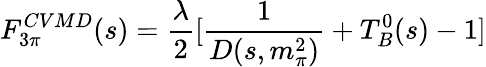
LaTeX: F_{3\pi}^{CVMD}(s)=\frac{\lambda}{2}[\frac{1}{D(s,m_{\pi}^{2})}+T_{B}^{0}(s)-1]